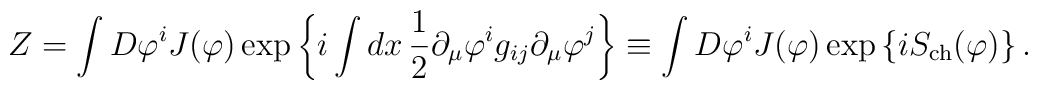
Z = \int D\varphi^i J(\varphi)\exp\left\{i\int dx\,\frac{1}{2}\partial_\mu\varphi^ig_{ij}\partial_\mu\varphi^j\right\}\equiv\int D\varphi^i J(\varphi) \exp\left\{iS_{\rm ch}(\varphi)\right\}.